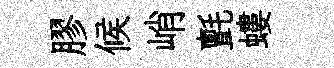
膠候峭氈螻